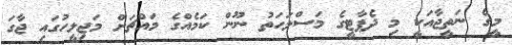
މީގެ ނަތީޖާއަކީ މި ދެޕާޓީގެ މަސްލަހަތު ނޫން ކަމެއްގެ މައްޗަށް މަޖިލީހުގައި ޖާގަ